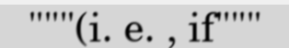
"""(i. e. , if"""